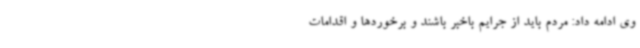
وی ادامه داد: مردم باید از جرایم باخبر باشند و برخوردها و اقدامات